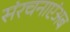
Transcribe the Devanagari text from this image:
संरचनाएंअब